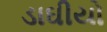
ડાઘીયો